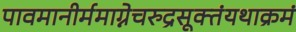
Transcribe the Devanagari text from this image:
पावमानीर्ममाग्नेचरुद्रसूक्तंयथाक्रमं